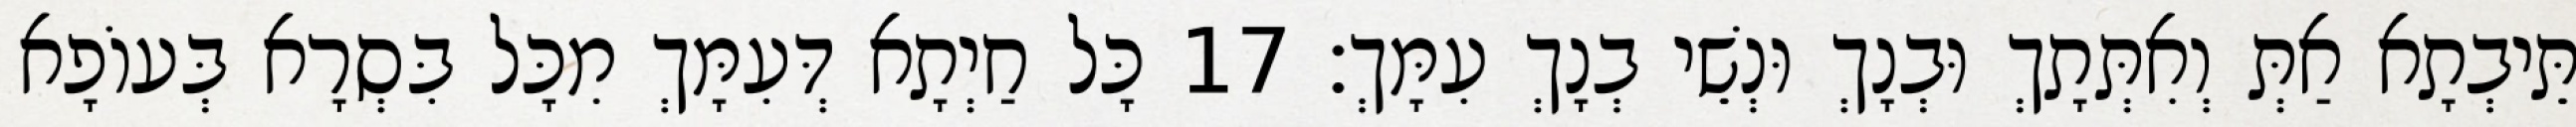
תֵּיבְתָא אַתְּ וְאִתְּתָךְ וּבְנָךְ וּנְשֵׁי בְנָךְ עִמָּךְ׃ 17 כָּל חַיְתָא דְּעִמָּךְ מִכָּל בִּסְרָא בְּעוֹפָא